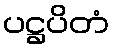
ပဋ္ဌပိတံ